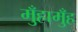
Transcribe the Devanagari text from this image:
मुँहामुँह